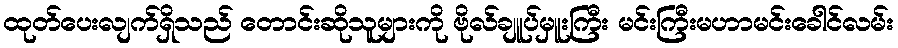
ထုတ်ပေးလျက်ရှိသည် တောင်းဆိုသူများကို ဗိုလ်ချူပ်မှူးကြီး မင်းကြီးမဟာမင်းခေါင်လမ်း